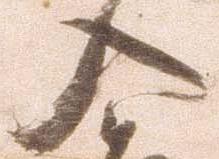
入